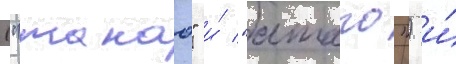
("такао" и́ "атаго") и́